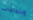
إجتماعات